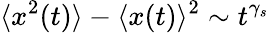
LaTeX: \langle x^{2}(t)\rangle-\langle x(t)\rangle^{2}\sim t^{\gamma_{s}}